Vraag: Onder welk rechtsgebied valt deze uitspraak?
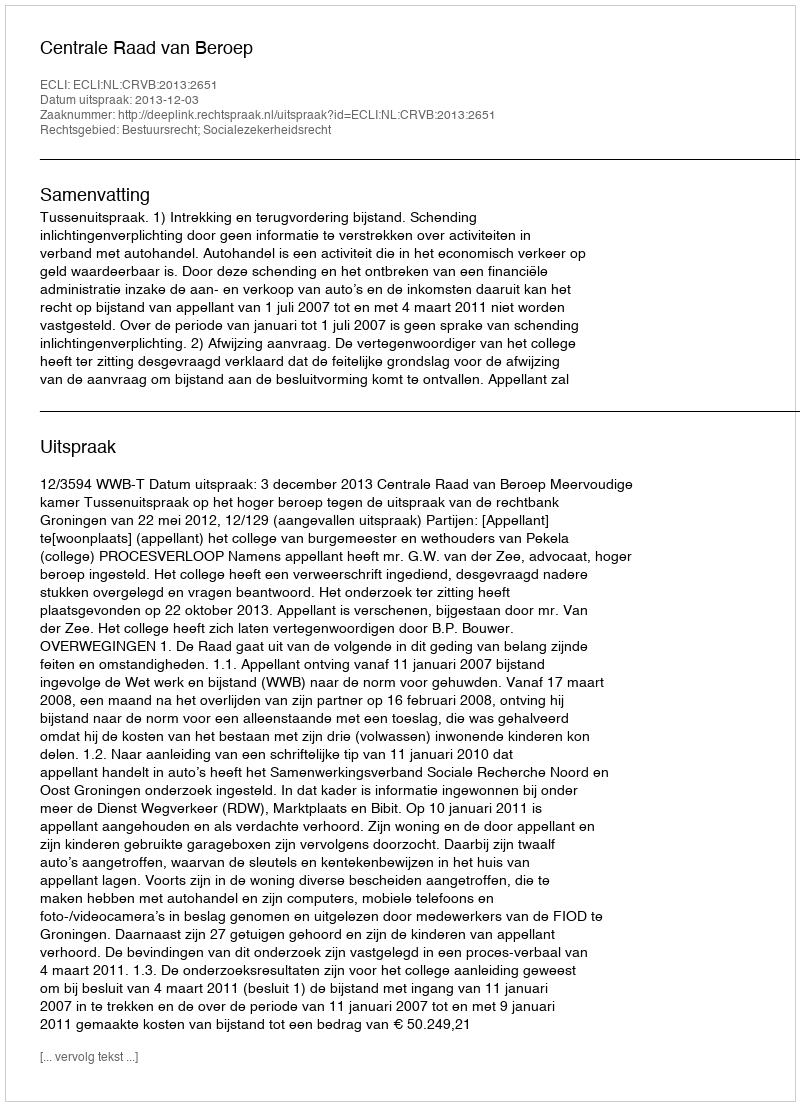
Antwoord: Bestuursrecht; Socialezekerheidsrecht